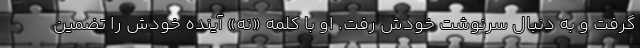
گرفت و به دنبال سرنوشت خودش رفت. او با کلمه «نه» آینده خودش را تضمین